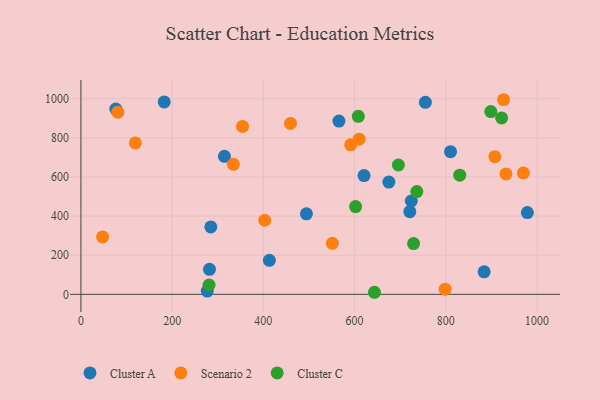
{"axis": {"x": "Distance", "y": "Rating"}, "legend": ["Cluster A", "Cluster C", "Scenario 2"], "data": [{"x": "620.8", "y": 607.1, "type": "Cluster A"}, {"x": "277.0", "y": 16.5, "type": "Cluster A"}, {"x": "810.4", "y": 729.4, "type": "Cluster A"}, {"x": "284.8", "y": 344.7, "type": "Cluster A"}, {"x": "413.2", "y": 173.9, "type": "Cluster A"}, {"x": "494.5", "y": 411.6, "type": "Cluster A"}, {"x": "675.2", "y": 573.7, "type": "Cluster A"}, {"x": "314.7", "y": 705.5, "type": "Cluster A"}, {"x": "565.7", "y": 885.8, "type": "Cluster A"}, {"x": "721.1", "y": 422.6, "type": "Cluster A"}, {"x": "182.7", "y": 983.8, "type": "Cluster A"}, {"x": "978.9", "y": 417.8, "type": "Cluster A"}, {"x": "724.4", "y": 477.1, "type": "Cluster A"}, {"x": "281.9", "y": 127.9, "type": "Cluster A"}, {"x": "884.1", "y": 115.1, "type": "Cluster A"}, {"x": "755.3", "y": 981.4, "type": "Cluster A"}, {"x": "76.5", "y": 946.9, "type": "Cluster A"}, {"x": "119.3", "y": 774.0, "type": "Scenario 2"}, {"x": "459.5", "y": 873.9, "type": "Scenario 2"}, {"x": "551.2", "y": 260.7, "type": "Scenario 2"}, {"x": "932.0", "y": 615.4, "type": "Scenario 2"}, {"x": "403.0", "y": 378.6, "type": "Scenario 2"}, {"x": "798.5", "y": 26.1, "type": "Scenario 2"}, {"x": "970.1", "y": 620.5, "type": "Scenario 2"}, {"x": "926.8", "y": 994.9, "type": "Scenario 2"}, {"x": "610.1", "y": 793.3, "type": "Scenario 2"}, {"x": "591.4", "y": 764.2, "type": "Scenario 2"}, {"x": "334.3", "y": 664.7, "type": "Scenario 2"}, {"x": "354.4", "y": 858.4, "type": "Scenario 2"}, {"x": "81.0", "y": 931.0, "type": "Scenario 2"}, {"x": "907.6", "y": 703.9, "type": "Scenario 2"}, {"x": "47.6", "y": 293.7, "type": "Scenario 2"}, {"x": "281.0", "y": 47.7, "type": "Cluster C"}, {"x": "729.4", "y": 259.6, "type": "Cluster C"}, {"x": "608.2", "y": 910.0, "type": "Cluster C"}, {"x": "736.5", "y": 525.2, "type": "Cluster C"}, {"x": "898.7", "y": 934.2, "type": "Cluster C"}, {"x": "696.1", "y": 661.1, "type": "Cluster C"}, {"x": "830.6", "y": 609.1, "type": "Cluster C"}, {"x": "602.3", "y": 448.7, "type": "Cluster C"}, {"x": "922.4", "y": 901.9, "type": "Cluster C"}, {"x": "643.6", "y": 10.5, "type": "Cluster C"}]}